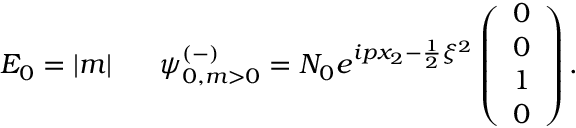
E _ { 0 } = | m | \; \; \; \; \; \; { \psi } _ { 0 , m > 0 } ^ { ( - ) } = N _ { 0 } e ^ { i p x _ { 2 } - \frac { 1 } { 2 } \xi ^ { 2 } } \left( \begin{array} { c } { { 0 } } \\ { { 0 } } \\ { { 1 } } \\ { { 0 } } \end{array} \right) .